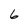
Character: 6